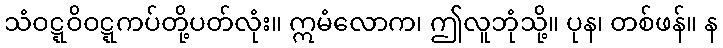
သံဝဋ္ဋဝိဝဋ္ဋကပ်တို့ပတ်လုံး။ ဣမံလောက၊ ဤလူဘုံသို့။ ပုန၊ တစ်ဖန်။ န